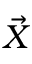
\vec { X }